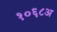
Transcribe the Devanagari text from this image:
१०६८अ